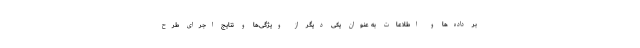
بر داده‌ها و اطلاعات به عنوان یکی دیگر از ویژگی‌ها و نتایج اجرای طرح